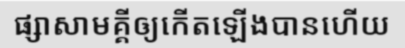
ផ្សាសាមគ្គីឲ្យកើតឡើងបានហើយ